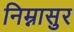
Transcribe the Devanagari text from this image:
निम्नासुर